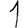
Digit: 1